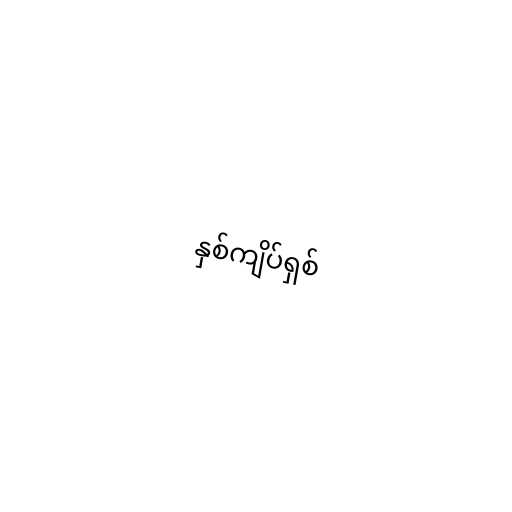
နှစ်ကျိပ်ရှစ်